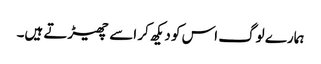
ہمارے لوگ اس کو دیکھ کر اسے چھیڑتے ہیں۔